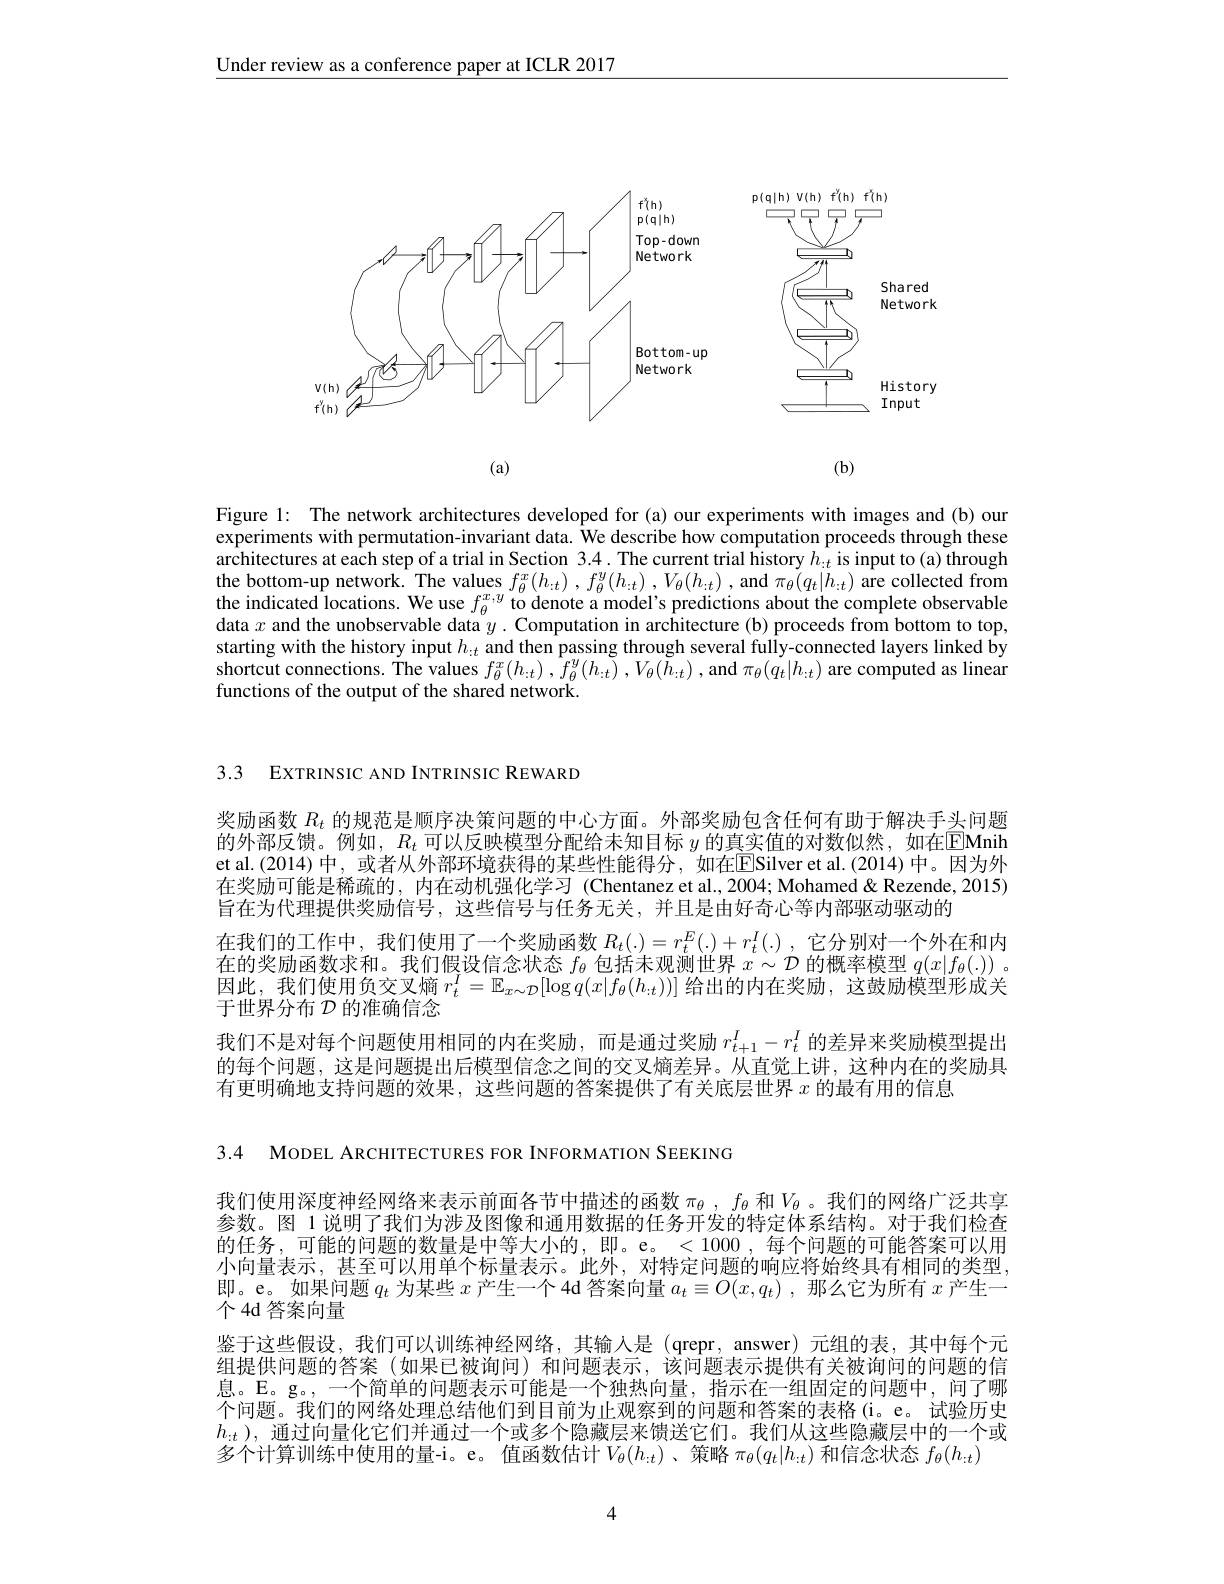
$\underline{\text{Under review as a conference paper at ICLR 2017}}$

<FigureHere>
(a)
$(\mathbf{b})$

Figure 1: The network architectures developed for (a) our experiments with images and (b) our experiments with permutation-invariant data. We describe how computation proceeds through these architectures at each step of a trial in Section 3.4. The current trial history $h_{:t}$ is input to (a) through the bottom-up network. The values $f_{\theta }^{x}( h_{: t})$ , $f_{\theta }^{y}( h_{: t})$ , $V_{\theta }( h_{: t})$ , and $\pi _{\theta }( q_{t}| h_{: t})$ are collected from the indicated locations. We use $f_\theta^{x,y}$ to denote a model's predictions about the complete observable data $x$ and the unobservable data $y.$ Computation in architecture( b) proceeds from bottom to top, starting with the history input $h_:t$ and then passing through several fully-connected layers linked by shortcut connections. The values $f_{\theta}^{x}(h_{:t}),\tilde{f}_{\theta}^{y}(h_{:t}),V_{\theta}(\tilde{h}_{:t})$,and $\pi_{\theta}(\dot{q}_{t}|h_{:t})$ are computed as linear functions of the output of the shared network

3.3 EXTRINSIC AND INTRINSIC REWARD

奖励函数$R_t$的规范是顺序决策问题的中心方面。外部奖励包含任何有助于解决手头问题的外部反馈。例如，$R_t$可以反映模型分配给未知目标$y$的真实值的对数似然，如在$\boxed{\mathrm{E}}$Mnih et al.(2014) 中，或者从外部环境获得的某些性能得分，如在$\boxed{\mathrm{E}}$Silver et al.(2014)中。因为外在奖励可能是稀疏的，内在动机强化学习 (Chentanez et al.,2004; Mohamed & Rezende, 2015) 旨在为代理提供奖励信号，这些信号与任务无关，并且是由好奇心等内部驱动驱动的
在我们的工作中，我们使用了一个奖励函数$R_t(.)=r_t^E(.)+r_t^I(.)$ ,它分别对一个外在和内在的奖励函数求和。我们假设信念状态$f_\theta$包括未观测世界$x\sim\mathcal{D}$的概率模型$q(x|f_\theta(.))$ 。因此，我们使用负交叉熵$r_t^I=\mathbb{E}_{x\sim\mathcal{D}}[\log q(x|f_\theta(h_{:t}))]$给出的内在奖励，这鼓励模型形成关于世界分布$\mathcal{D}$的准确信念
我们不是对每个问题使用相同的内在奖励，而是通过奖励$r_{t+1}^I-r_t^I$的差异来奖励模型提出的每个问题，这是问题提出后模型信念之间的交叉熵差异。从直觉上讲，这种内在的奖励具有更明确地支持问题的效果，这些问题的答案提供了有关底层世界$x$的最有用的信息

3.4 MODEL ARCHITECTURES FOR INFORMATION SEEKING
我们使用深度神经网络来表示前面各节中描述的函数$\pi_\theta,f_\theta$和$V_\theta$ 。我们的网络广泛共享参数。图 1 说明了我们为涉及图像和通用数据的任务开发的特定体系结构。对于我们检查的任务，可能的问题的数量是中等大小的，即。e。< 1000, 每个问题的可能答案可以用小向量表示，甚至可以用单个标量表示。此外，对特定问题的响应将始终具有相同的类型， 即。e。如果问题$q_t$为某些$x$产生一个 4d 答案向量$a_t\equiv O(x,q_t)$,那么它为所有$x$产生一个4d 答案向量
鉴于这些假设，我们可以训练神经网络，其输入是(qrepr,answer)元组的表，其中每个元组提供问题的答案(如果已被询问)和问题表示，该问题表示提供有关被询问的问题的信息。E。g。,一个简单的问题表示可能是一个独热向量，指示在一组固定的问题中，问了哪个问题。我们的网络处理总结他们到目前为止观察到的问题和答案的表格(i。e。试验历史$h_{:t})$,通过向量化它们并通过一个或多个隐藏层来馈送它们。我们从这些隐藏层中的一个或多个计算训练中使用的量-i。e。值函数估计$V_\theta(h_{:t})$、策略$\pi_\theta(q_t|h_{:t})$和信念状态$f_\theta(h_{:t})$
4